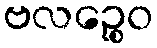
ဗလဉ္စေဝ